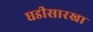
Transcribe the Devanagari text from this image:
घडीसारखा